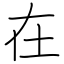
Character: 在